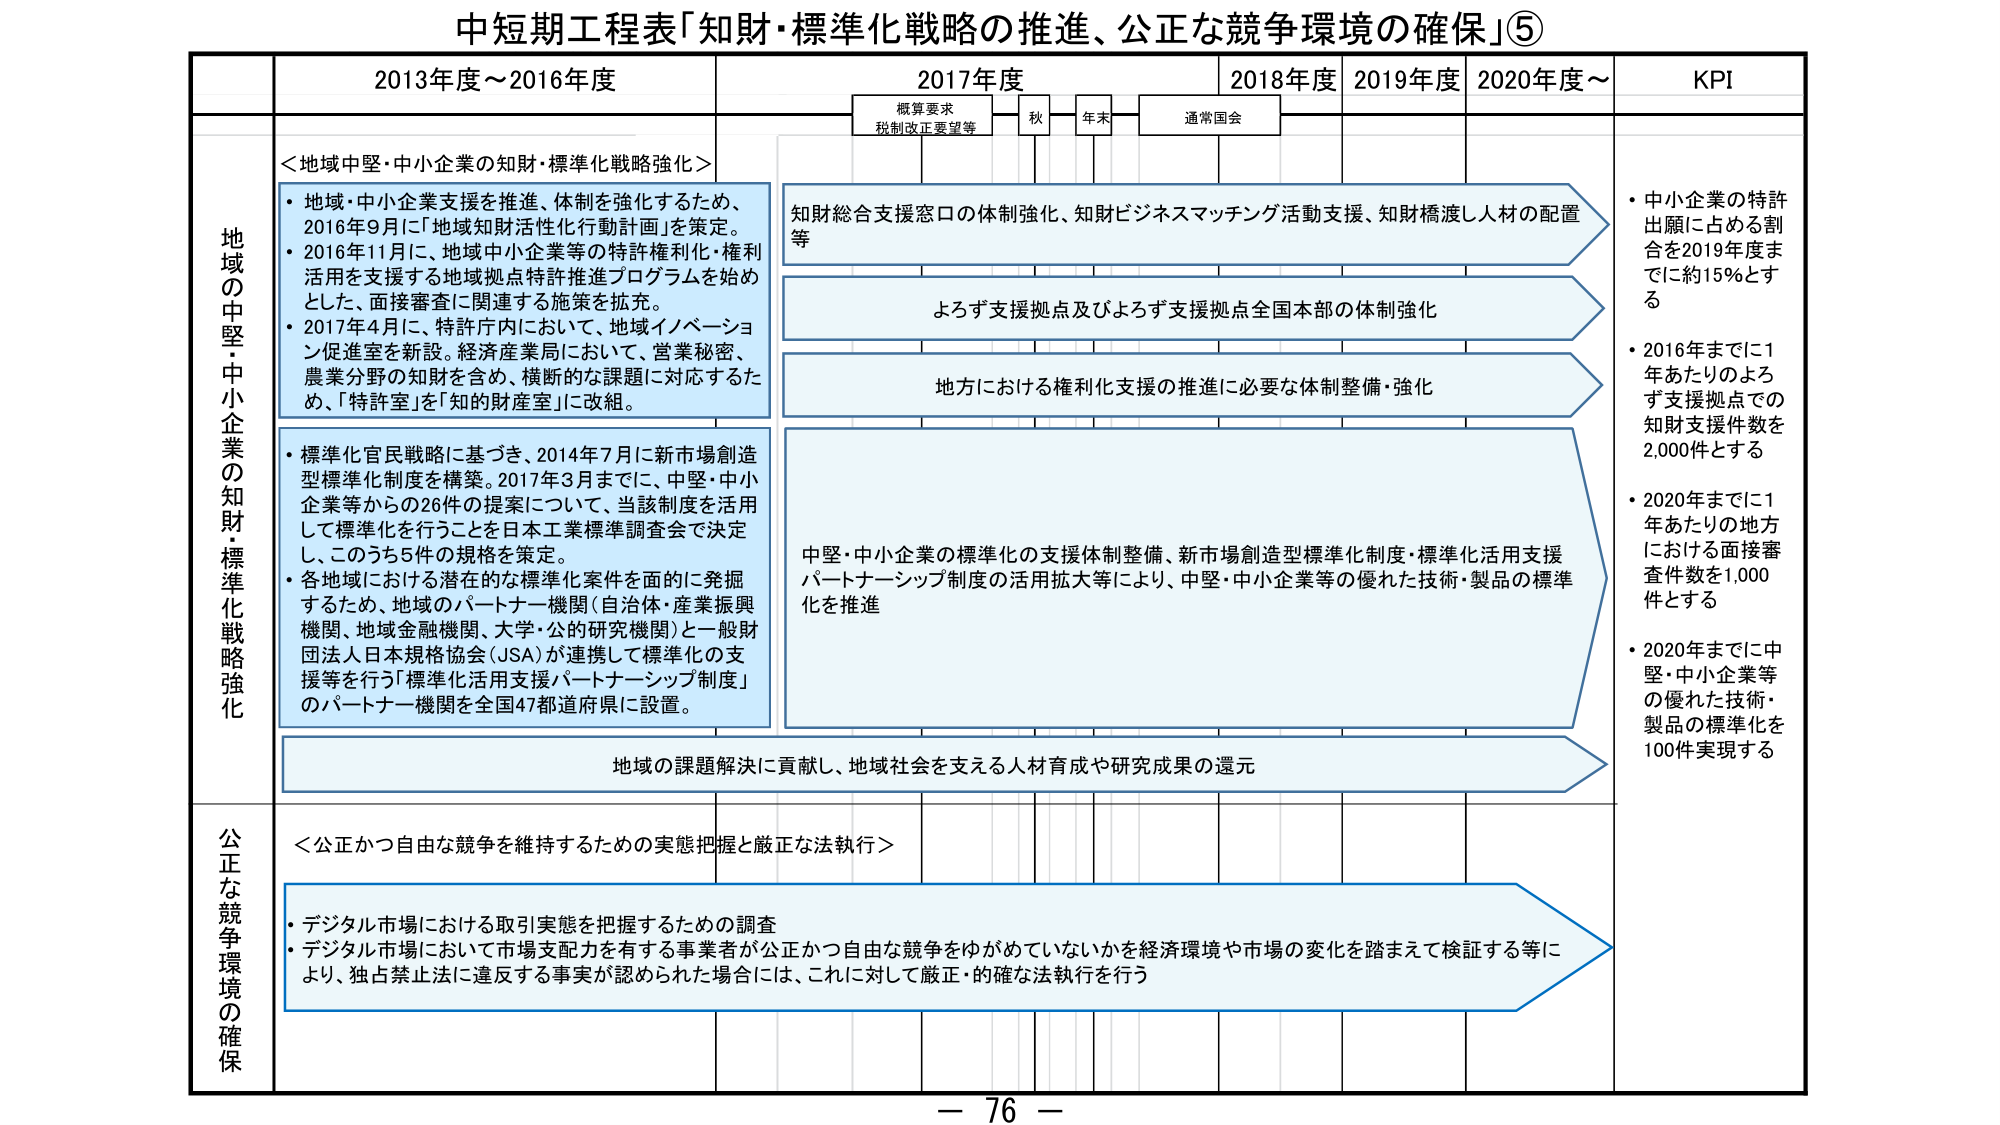
中短期工程表「知財・標準化戦略の推進、公正な競争環境の確保」⑤

2013年度～2016年度
2017年度
2018年度
2019年度
2020年度～
KPI

概算要求
税制改正要望等
秋
年末
通常国会

地域の中堅・中小企業の知財・標準化戦略強化

＜地域中堅・中小企業の知財・標準化戦略強化＞
・地域・中小企業支援を推進、体制を強化するため、
2016年9月に「地域知財活性化行動計画」を策定。
・2016年11月に、地域中小企業等の特許権利化・権利
活用を支援する地域拠点特許推進プログラムを始め
とした、面接審査に関連する施策を拡充。
・2017年4月に、特許庁内において、地域イノベーショ
ン促進室を新設。経済産業局において、営業秘密、
農業分野の知財を含め、横断的な課題に対応するた
め、「特許室」を「知的財産室」に改組。

知財総合支援窓口の体制強化、知財ビジネスマッチング活動支援、知財橋渡し人材の配置
等

よろず支援拠点及びよろず支援拠点全国本部の体制強化

地方における権利化支援の推進に必要な体制整備・強化

中堅・中小企業の標準化の支援体制整備、新市場創造型標準化制度・標準化活用支援
パートナーシップ制度の活用拡大等により、中堅・中小企業等の優れた技術・製品の標準
化を推進

地域の課題解決に貢献し、地域社会を支える人材育成や研究成果の還元

・中小企業の特許
出願に占める割
合を2019年度ま
でに約15％とす
る
・2016年までに1
年あたりのよろ
ず支援拠点での
知財支援件数を
2,000件とする
・2020年までに1
年あたりの地方
における面接審
査件数を1,000
件とする
・2020年までに中
堅・中小企業等
の優れた技術・
製品の標準化を
100件実現する

・標準化官民戦略に基づき、2014年7月に新市場創造
型標準化制度を構築。2017年3月までに、中堅・中小
企業等からの26件の提案について、当該制度を活用
して標準化を行うことを日本工業標準調査会で決定
し、このうち5件の規格を策定。
・各地域における潜在的な標準化案件を面的に発掘
するため、地域のパートナー機関（自治体・産業振興
機関、地域金融機関、大学・公的研究機関）と一般財
団法人日本規格協会（JSA）が連携して標準化の支
援等を行う「標準化活用支援パートナーシップ制度」
のパートナー機関を全国47都道府県に設置。

公正な競争環境の確保

＜公正かつ自由な競争を維持するための実態把握と厳正な法執行＞
・デジタル市場における取引実態を把握するための調査
・デジタル市場において市場支配力を有する事業者が公正かつ自由な競争をゆがめていないかを経済環境や市場の変化を踏まえて検証する等に
より、独占禁止法に違反する事実が認められた場合には、これに対して厳正・的確な法執行を行う

－ 76 －